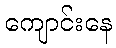
ကျောင်းနေ